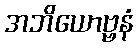
အဘိယောဗ္ဗနံ